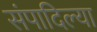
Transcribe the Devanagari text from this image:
संपादिल्या